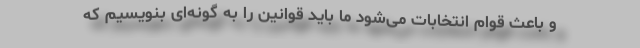
و باعث قوام انتخابات می‌شود ما باید قوانین را به گونه‌ای بنویسیم که